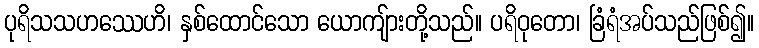
ပုရိသသဟဿေဟိ၊ နှစ်ထောင်သော ယောကျ်ားတို့သည်။ ပရိဝုတော၊ ခြံရံအပ်သည်ဖြစ်၍။